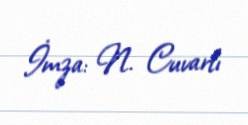
İmza: N. Cuvarlı